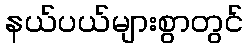
နယ်ပယ်များစွာတွင်